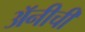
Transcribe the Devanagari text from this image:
अॅनीची